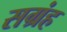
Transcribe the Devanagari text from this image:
सग्रंह